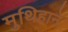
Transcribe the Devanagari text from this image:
मुथिहाने